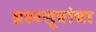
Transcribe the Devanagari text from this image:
ब्रह्मसूत्रांचा